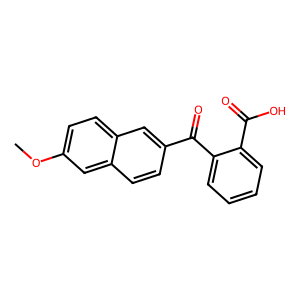
SMILES: COc1ccc2cc(C(=O)c3ccccc3C(=O)O)ccc2c1
Inhibits HIV replication: No